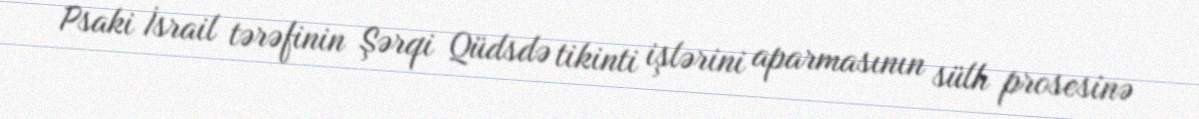
Psaki İsrail tərəfinin Şərqi Qüdsdə tikinti işlərini aparmasının sülh prosesinə